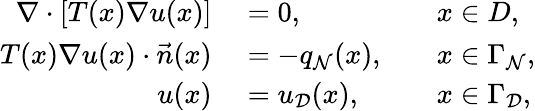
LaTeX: \begin{array}{rlrl}{\nabla\cdot\left[T(x)\nabla u(x)\right]}&{{}=0,}&{}&{{}x\in D,}\\ {T(x)\nabla u(x)\cdot\vec{n}(x)}&{{}=-q_{\mathcal{N}}(x),}&{}&{{}x\in\Gamma_{\mathcal{N}},}\\ {u(x)}&{{}=u_{\mathcal{D}}(x),}&{}&{{}x\in\Gamma_{\mathcal{D}},}\end{array}